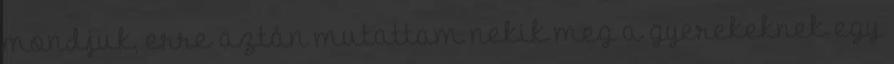
mondjuk, erre aztán mutattam nekik meg a gyerekeknek egy